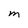
Character: M